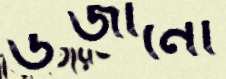
উজানো